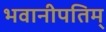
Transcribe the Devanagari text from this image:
भवानीपतिम्